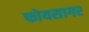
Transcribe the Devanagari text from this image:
फोयसागर